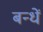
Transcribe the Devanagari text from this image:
बन्धें